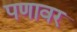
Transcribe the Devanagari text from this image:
पणावर